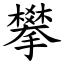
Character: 攀